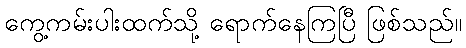
ကွေ့ကမ်းပါးထက်သို့ ရောက်နေကြပြီ ဖြစ်သည်။